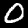
Digit: 0